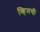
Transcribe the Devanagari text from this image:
व्हिमची